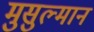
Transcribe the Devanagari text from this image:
मुसुल्मान